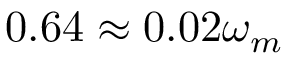
0 . 6 4 \approx 0 . 0 2 \omega _ { m }